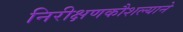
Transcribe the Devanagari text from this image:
निरीक्षणकौशल्याने